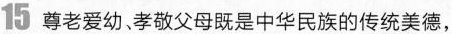
15尊老爱幼、孝敬父母既是中华民族的传统美德，